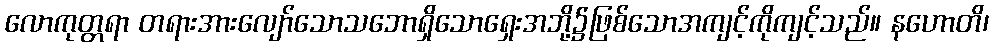
လောကုတ္တရာ တရားအားလျော်သောသဘောရှိသောရှေးအဘို့၌ဖြစ်သောအကျင့်ကိုကျင့်သည်။ နဟောတိ၊